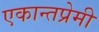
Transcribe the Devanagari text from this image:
एकान्तप्रेमी